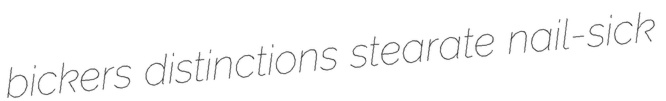
bickers distinctions stearate nail-sick